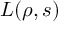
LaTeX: L ( \rho , s )